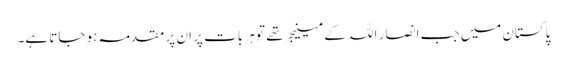
پاکستان میں جب انصار اللہ کے مینیجر تھے تو ہر بات پر ان پر مقدمہ ہو جاتا ہے۔